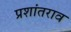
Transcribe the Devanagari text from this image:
प्रशांतराव